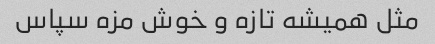
مثل همیشه تازه و خوش مزه سپاس